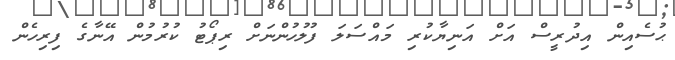
ޙުސެއިން އިދުރީސް އަށް އަނިޔާކުރި މައްސަލަ ފުލުހުންނަށް ރިޕޯޓު ކުރުމުން އޭނާގެ ފިރިހެން